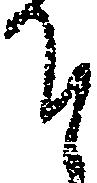
そ